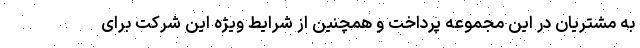
به مشتریان در این مجموعه پرداخت و همچنین از شرایط ویژه این شرکت برای